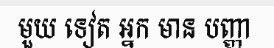
មួយ ទៀត អ្នក មាន បញ្ញា